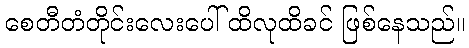
စေတီတံတိုင်းလေးပေါ် ထိလုထိခင် ဖြစ်နေသည်။